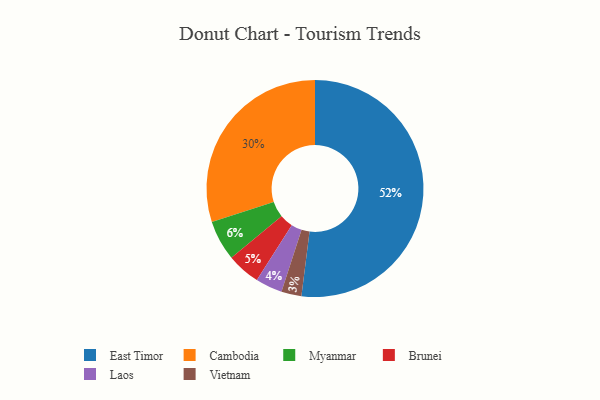
{"axis": {"x": "Category", "y": "Percentage"}, "legend": ["Brunei", "Cambodia", "East Timor", "Laos", "Myanmar", "Vietnam"], "data": [{"x": "Brunei", "y": 5, "type": "Brunei"}, {"x": "Laos", "y": 4, "type": "Laos"}, {"x": "Myanmar", "y": 6, "type": "Myanmar"}, {"x": "Vietnam", "y": 3, "type": "Vietnam"}, {"x": "East Timor", "y": 52, "type": "East Timor"}, {"x": "Cambodia", "y": 30, "type": "Cambodia"}]}